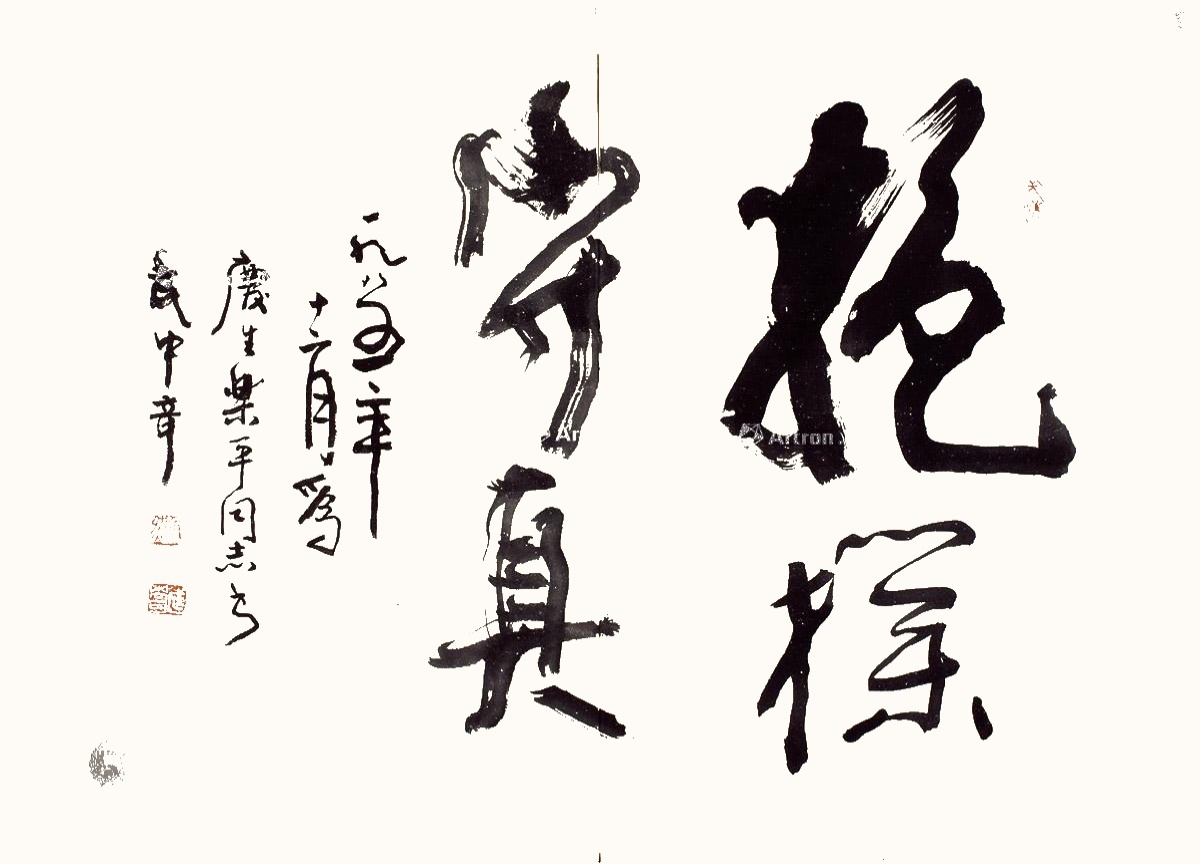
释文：抱朴守真。一九八五年十二月，为庆生、乐平同志书，武中奇。